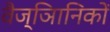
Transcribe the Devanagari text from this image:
वैज्ञिानिकों